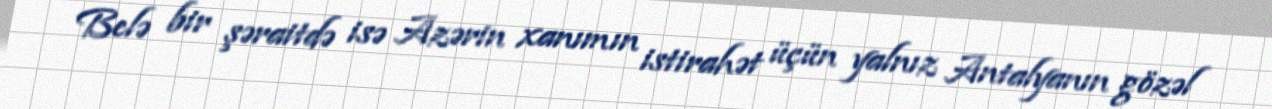
Belə bir şəraitdə isə Azərin xanımın istirahət üçün yalnız Antalyanın gözəl